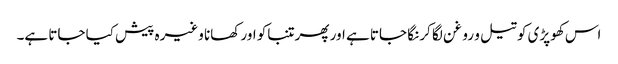
اس کھوپڑی کو تیل و روغن لگا کر نگا جاتا ہے اور پھر تنباکو اور کھانا وغیرہ پیش کیا جاتا ہے۔